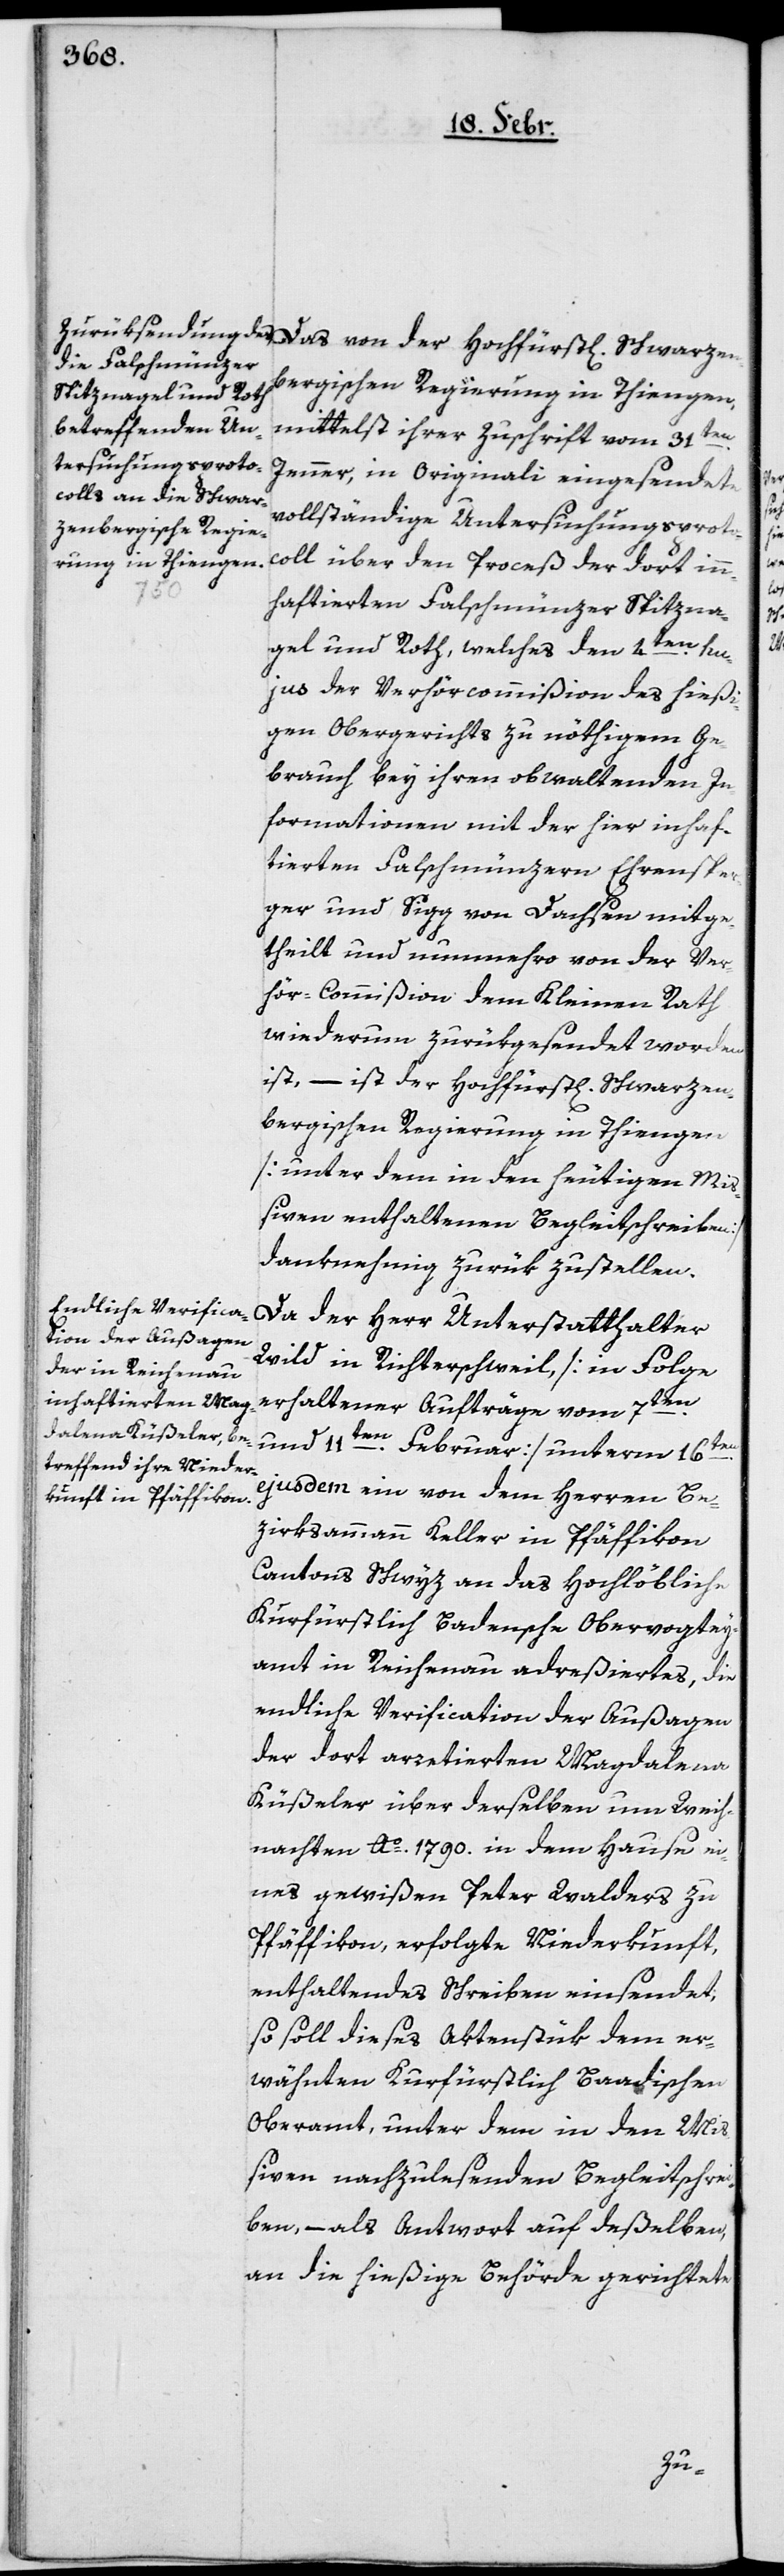
Das von der Hochfürst[lich] Schwarzen¬
bergischen Regierung in Thiengen,
mittelst ihrer Zuschrift vom 31ten.
Jenner, in originali eingesendete
vollständige Untersuchungsproto¬
coll über den Proceß der dort inn¬
haftierten Falschmünzer Spitzna¬
gel und Roth, welches den 4ten. hu¬
jus der Verhörcommißion des hießi¬
gen Obergerichts zu nöthigem Ge¬
brauch bey ihren obwaltenden In¬
formationen mit der hier inhaf¬
tierten Falschmünzern Ehrenspe¬
rger und Sigg von Dachsen mitge¬
theilt und nunmehro von der Ver¬
hör-Commißion dem Kleinen Rath
wiederum zurükgesendet worden
ist, – ist der Hochfürst[lich] Schwarzen¬
bergischen Regierung in Thiengen
[unter dem in den heutigen Miß¬
iven enthaltenen Begleitschreiben]
danknehmig zurük zustellen.
Da der Herr Unterstatthalter
Wild in Richterschweil [in Folge
erhaltener Aufträge vom 7ten.
und 11ten. Februar] unterm 16ten.
ejusdem ein von dem Herren Be¬
zirksammann Keller in Pfäffikon,
Cantons Schwyz, an das Hochlöbliche
Kurfürstlich Badensche Obervogtey¬
amt in Reichenau adreßiertes, die
endliche Verification der Außagen
der dort arretierten Magdalena
Küßeler über derselben um Weih¬
nachten Ao. 1790. in dem Hause ei¬
nes gewißen Peter Walders zu
Pfäffikon erfolgte Niederkunft,
enthaltendes Schreiben einsendet;
so soll dieses Aktenstük dem er¬
wähnten Kurfürstlich Baadischen
Oberamt, unter dem in den Mi¬
ßiven nachzulesenden Begleitschrei¬
ben, – als Antwort auf deßelben,
an die hießige Behörde gerichtete